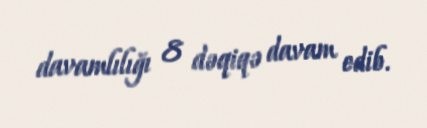
davamlılığı 8 dəqiqə davam edib.